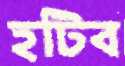
হটিব